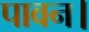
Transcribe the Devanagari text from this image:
पावन।